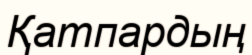
Қатпардың